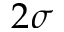
2 \sigma